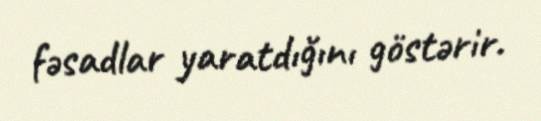
fəsadlar yaratdığını göstərir.